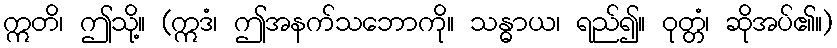
ဣတိ၊ ဤသို့။ (ဣဒံ၊ ဤအနက်သဘောကို။ သန္ဓာယ၊ ရည်၍။ ဝုတ္တံ၊ ဆိုအပ်၏။)